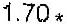
1.70 *